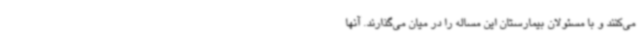
می‌کنند و با مسئولان بیمارستان این مساله را در میان می‌گذارند. آنها